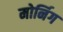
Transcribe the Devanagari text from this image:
मोर्निग